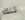
تلك